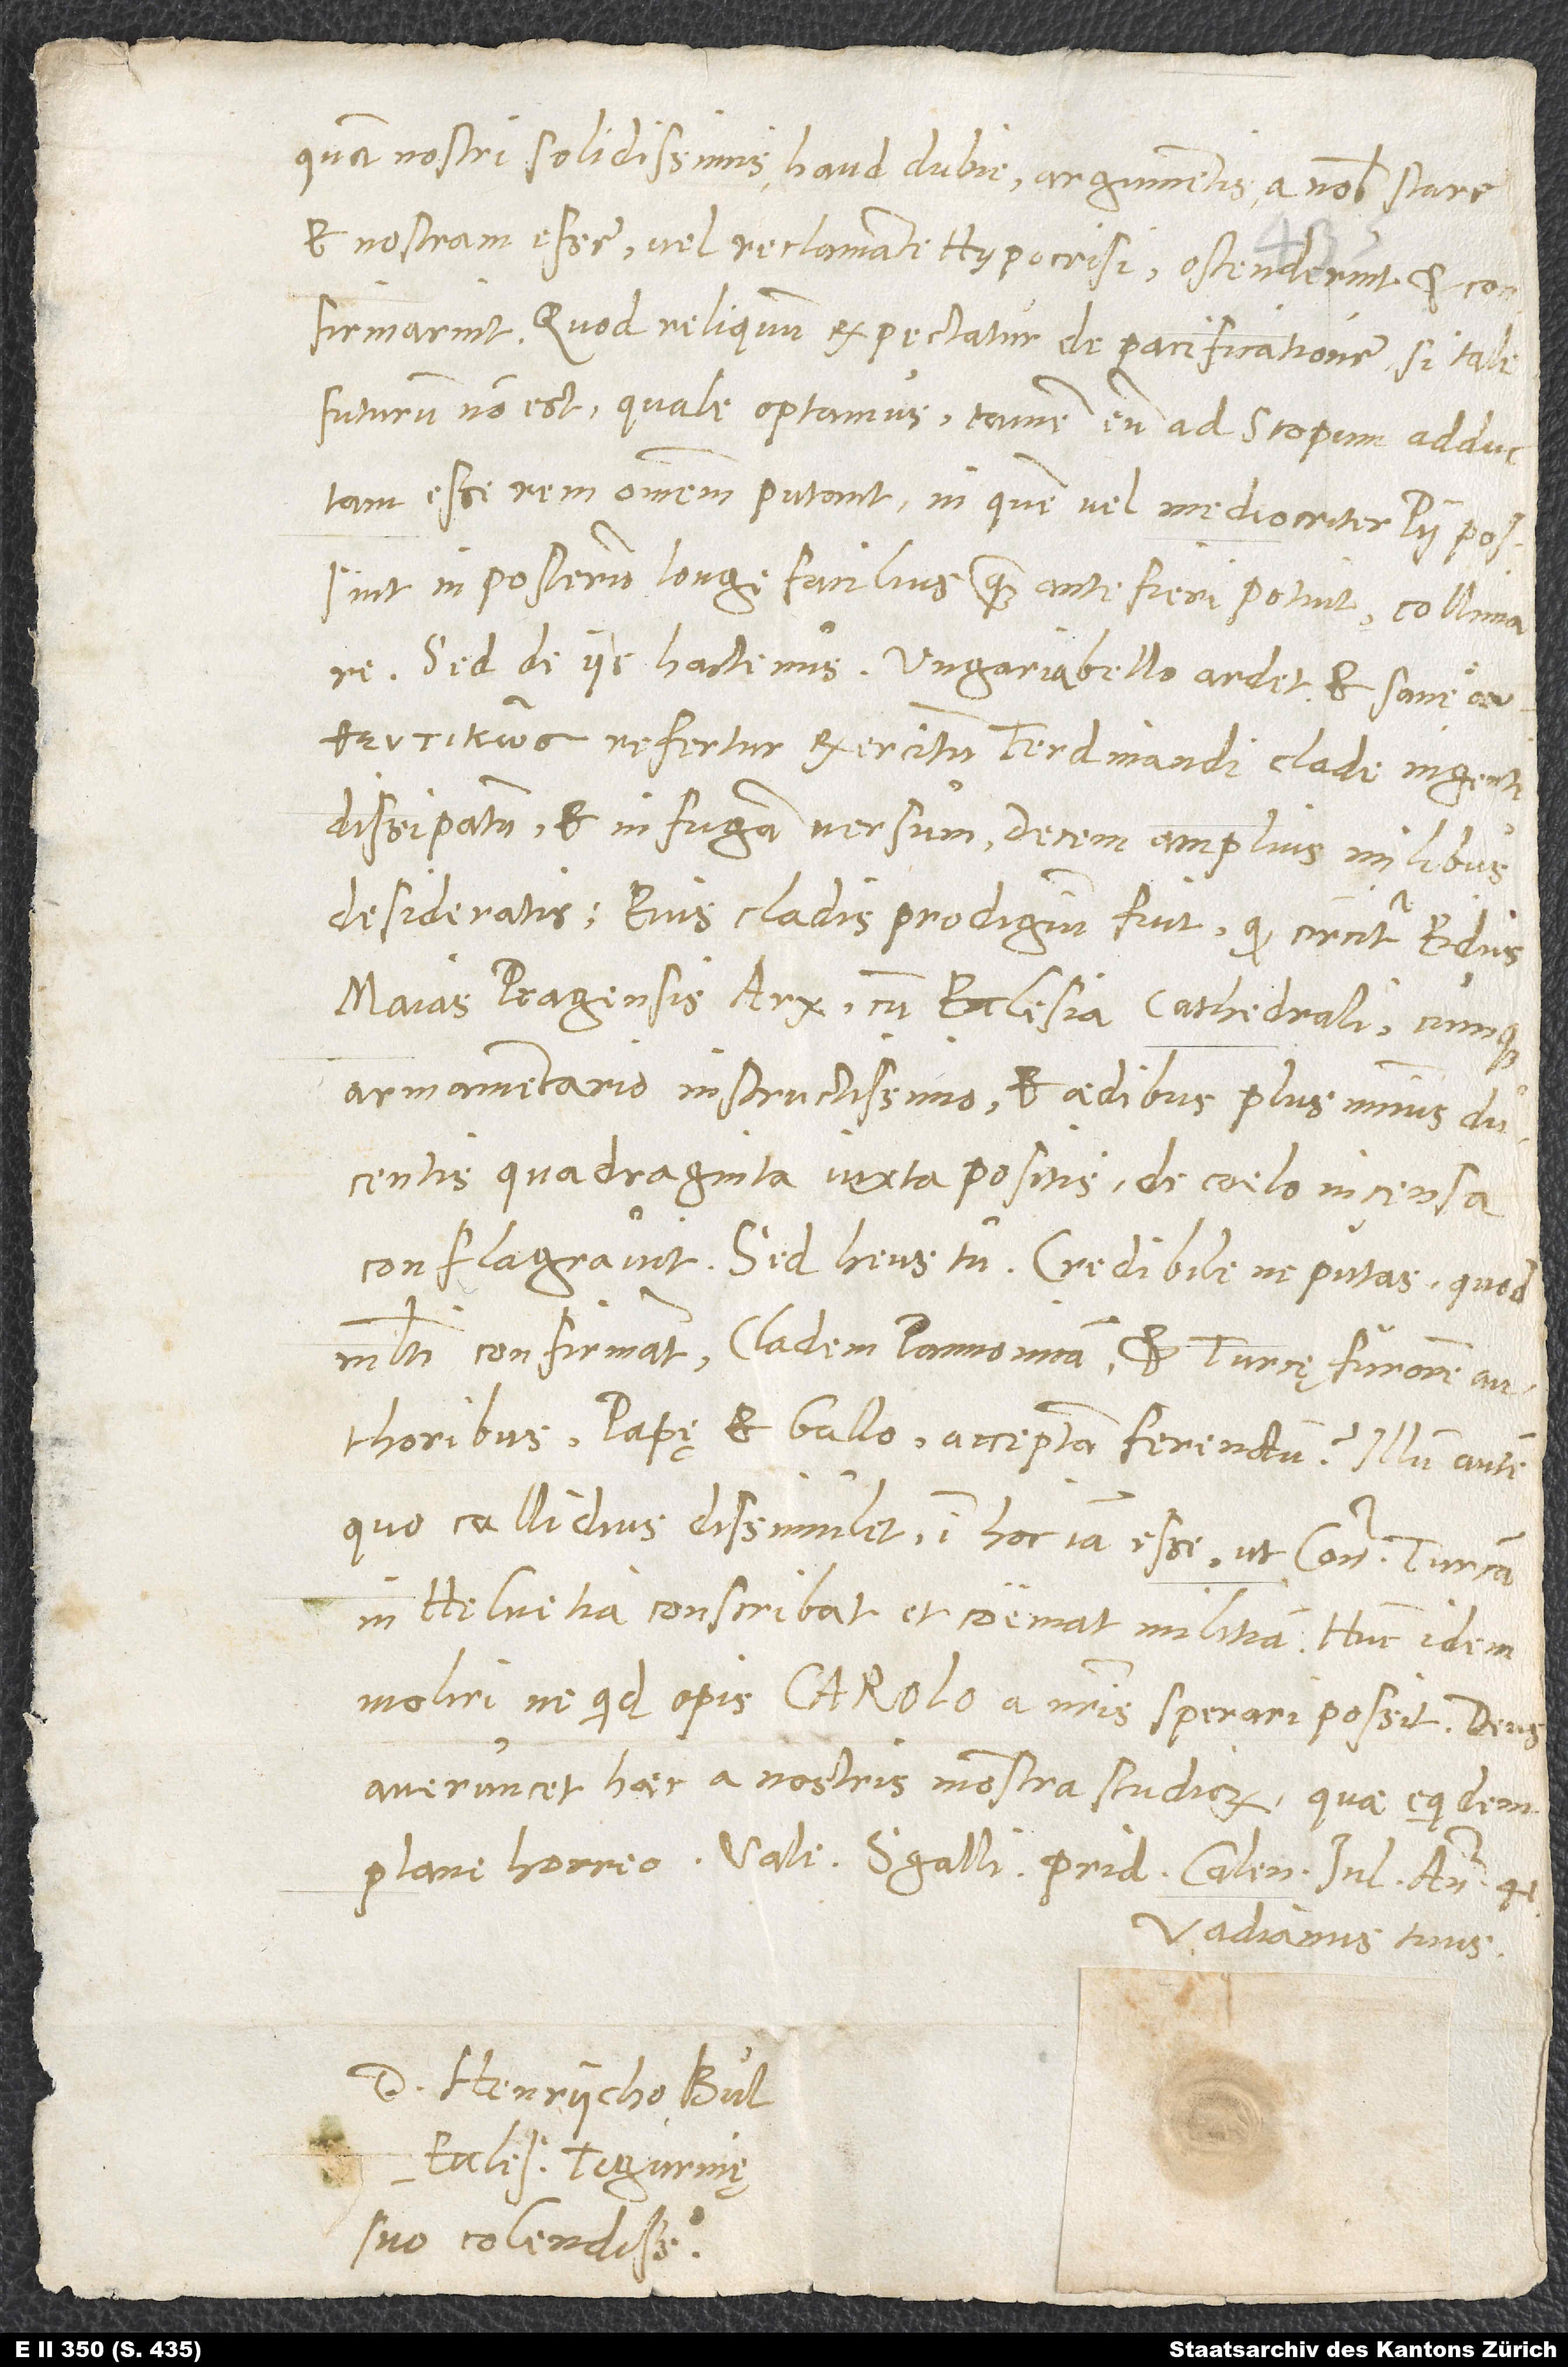
quam nostri solidissimis haud dubie argumentis a nobis stare
et nostram esse vel reclamante hypocrisi ostenderint et
confirmarint. Quod reliquum exspectatur de pacificatione, si tale
futurum non est, quale optamus, tamen eum ad scopum adductam
esse rem omnem putant, in quem vel mediocriter pii possint
in posterum longe facilius, quam ante fieri potuit, collimare.
Sed de iis hactenus. Ungaria bello ardet et sane
refertur, exercitum Ferdinandi clade ingenti
dissipatum et in fugam versum, decem amplius milibus
desideratis. Eius cladis prodigium fuit, quod circiter Eidus
Maias Pragensis arx cum ecclesia cathedrali cumque
armamentario instructissimo et aedibus plus minus ducentis
quadraginta iuxta positis de coelo incensa
conflagravit. Sed heus tu credibilene putas, quod
multi confirmant: cladem Pannonicam et Turcę furorem
auctoribus papę et Gallo acceptam ferendam; illum autem,
quo callidius dissimulet, in hoc iam esse, ut contra Turcam
in Helvetia conscribat et coemat militiam; hunc idem
moliri, ne quid opis CAROLO a nostris sperari possit? Deus
averruncet haec a nostris monstra studiorum, quae equidem
plane horreo. Vale. S. Galli, pridie Kalendas Iulias, anno 41.
Vadianus tuus.
D. Henrycho Bullingero,
ecclesię Tigurinę
suo colendissimo.